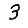
Digit: 3